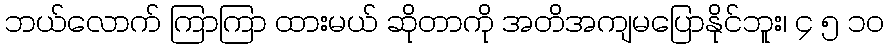
ဘယ်လောက် ကြာကြာ ထားမယ် ဆိုတာကို အတိအကျမပြောနိုင်ဘူး၊ ၄ ၅ ၁၀